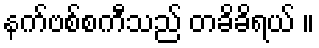
နက်ဗစ်စကီသည် တခိခိရယ် ။